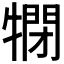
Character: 𤛞